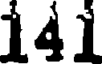
141